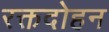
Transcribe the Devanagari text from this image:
रक्तदोहन